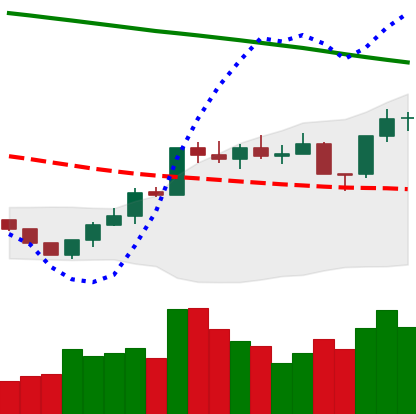
Ticker: ETH-USD
Chart end date: 2022-07-29
Forward return: -6.283%
Label: down_5_7